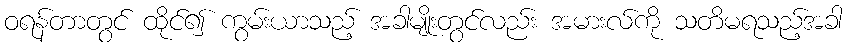
ဝရန်တာတွင် ထိုင်၍ ကွမ်းယာသည့် အခါမျိုးတွင်လည်း အမားလ်ကို သတိမရသည့်အခါ